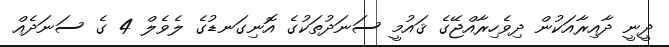
ދީނީ ދާއިރާއަކުން ދިވެހިރާއްޖޭގެ ޤައުމީ ސަނަދުތަކުގެ އޮނިގަނޑުގެ ލެވެލް 4 ގެ ސަނަދެއް